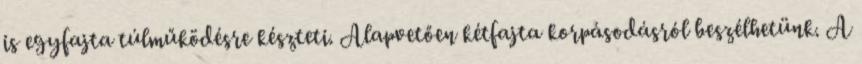
is egyfajta túlműködésre készteti. Alapvetően kétfajta korpásodásról beszélhetünk. A